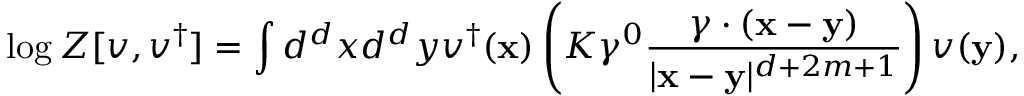
\log Z [ { v } , { v } ^ { \dagger } ] = \int d ^ { d } { x } d ^ { d } { y } { v } ^ { \dagger } ( { \mathbf { x } } ) \left( K \gamma ^ { 0 } \frac { \gamma \cdot ( { \mathbf { x } } - { \mathbf { y } } ) } { | { \mathbf { x } } - { \mathbf { y } } | ^ { d + 2 m + 1 } } \right) { v } ( { \mathbf { y } } ) ,